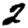
Digit: 2